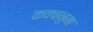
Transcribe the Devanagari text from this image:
कवचनुमा